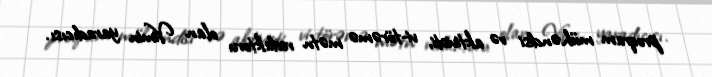
proqram mühəndisi və aktivisti, vi-törəmə mətn redaktoru olan Vimin yaradıcısı.